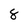
Character: 8